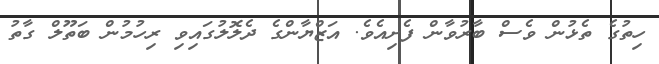
ހިތުގެ ތެޅުން ވެސް ބާރުވާން ފެށިއެވެ. އަޒްޔާންގެ ދެލޮލުގައިވި ރިހުމުން ބަތޫލް ގާތު